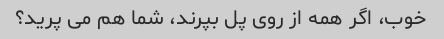
خوب، اگر همه از روی پل بپرند، شما هم می پرید؟